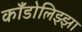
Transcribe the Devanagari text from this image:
काँडोलिझ्झा